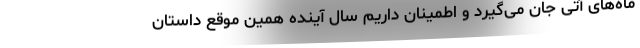
ماه‌های آتی جان می‌گیرد و اطمینان داریم سال آینده همین موقع داستان